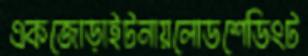
একজোড়াইটনায়লোডশেডিংট